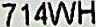
714WH